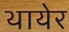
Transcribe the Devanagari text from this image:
थायेर